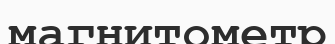
магнитометр